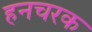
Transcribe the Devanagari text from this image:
हनचरक